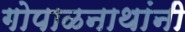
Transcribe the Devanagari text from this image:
गोपाळनाथांनी